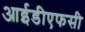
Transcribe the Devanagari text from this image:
आईडीएफसी